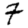
Digit: 7